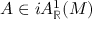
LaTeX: A \in i A _ { \mathbb { R } } ^ { 1 } ( M )